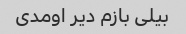
بیلی بازم دیر اومدی